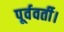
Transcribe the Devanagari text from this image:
पूर्ववर्ती।